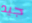
جيد